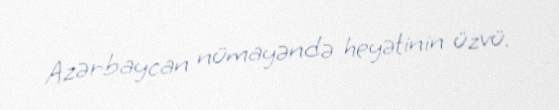
Azərbaycan nümayəndə heyətinin üzvü.